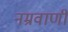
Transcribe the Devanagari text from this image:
नम्रवाणी